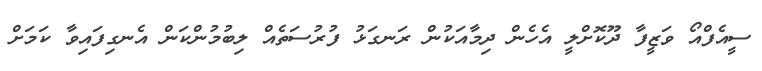
ސީއެފްއޯ ވަޒީފާ ދޫކޮށްލީ އެހެން ދިމާއަކުން ރަނގަޅު ފުރުސަތެއް ލިބުމުންކަން އެނގިފައިވާ ކަމަށް